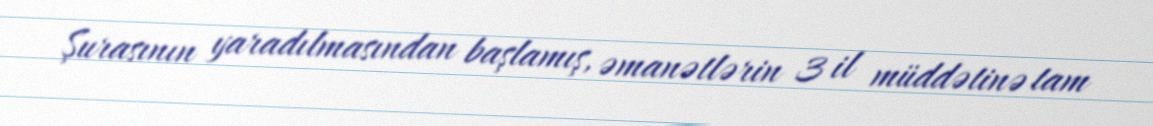
Şurasının yaradılmasından başlamış, əmanətlərin 3 il müddətinə tam